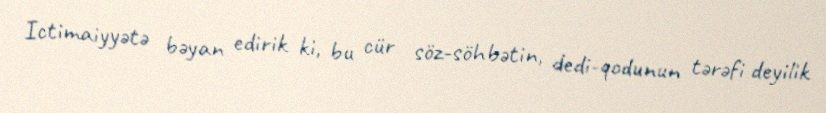
Ictimaiyyətə bəyan edirik ki, bu cür söz-söhbətin, dedi-qodunun tərəfi deyilik